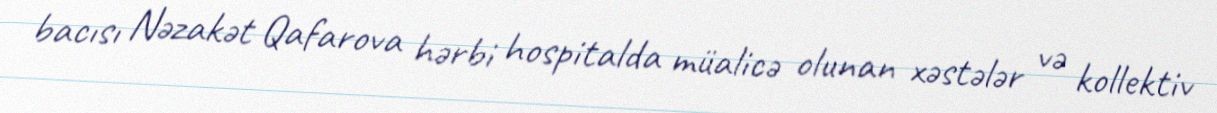
bacısı Nəzakət Qafarova hərbi hospitalda müalicə olunan xəstələr və kollektiv